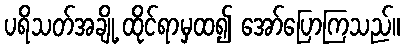
ပရိသတ်အချို့ ထိုင်ရာမှထ၍ အော်ပြောကြသည်။